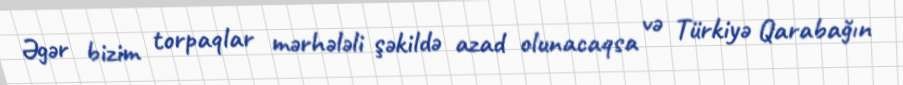
Əgər bizim torpaqlar mərhələli şəkildə azad olunacaqsa və Türkiyə Qarabağın